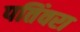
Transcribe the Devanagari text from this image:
पतिंवरा